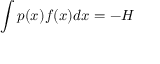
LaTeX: \int p ( x ) f ( x ) d x = - H